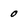
Character: 0